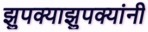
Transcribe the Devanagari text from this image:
झुपक्याझुपक्यांनी